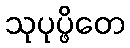
သုပုပ္ဖိတေ